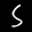
Label: 5